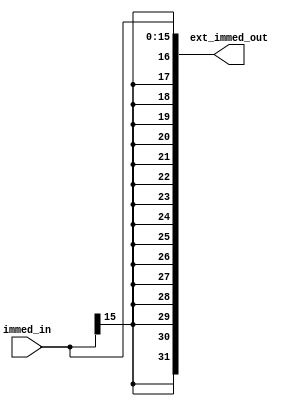
/*
	Title: Sign Extend
	Author: Selene (Computer System and Architecture Lab, ICE, CYCU)
	
	Input Port
		1. immed_in: sign extend
	Output Port
		1. ext_immed_out: sign extend
*/
module sign_extend( immed_in, ext_immed_out );
	input[15:0] immed_in;
	output[31:0] ext_immed_out;
	assign ext_immed_out = { {16{immed_in[15]}}, immed_in };
endmodule